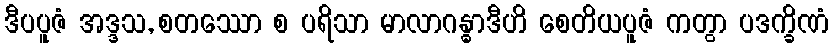
ဒီပပူဇံ အဒ္ဒသ, စတဿော စ ပရိသာ မာလာဂန္ဓာဒီဟိ စေတိယပူဇံ ကတွာ ပဒက္ခိဏံ